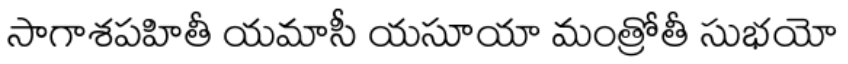
సాగాశపహితీ యమాసీ యసూయా మంత్రోతీ సుభయో